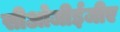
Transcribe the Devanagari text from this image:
सीओजीईजीए